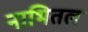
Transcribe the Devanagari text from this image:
नाभितल